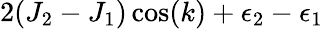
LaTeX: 2(J_{2}-J_{1})\cos(k)+\epsilon_{2}-\epsilon_{1}